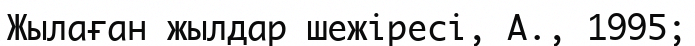
Жылаған жылдар шежіресі, А., 1995;